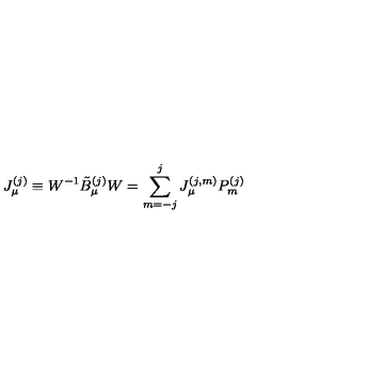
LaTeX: J _ { \mu } ^ { ( j ) } \equiv W ^ { - 1 } \tilde { B } _ { \mu } ^ { ( j ) } W = \sum _ { m = - j } ^ { j } J _ { \mu } ^ { ( j , m ) } P _ { m } ^ { ( j ) }